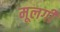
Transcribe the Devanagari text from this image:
मूलगी